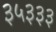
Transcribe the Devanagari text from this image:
३५३३३